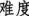
难度